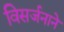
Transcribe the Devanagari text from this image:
विसर्जनाने